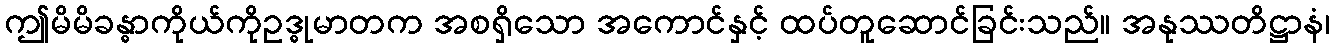
ဤမိမိခန္ဓာကိုယ်ကိုဥဒ္ဓုမာတက အစရှိသော အကောင်နှင့် ထပ်တူဆောင်ခြင်းသည်။ အနုဿတိဋ္ဌာနံ၊